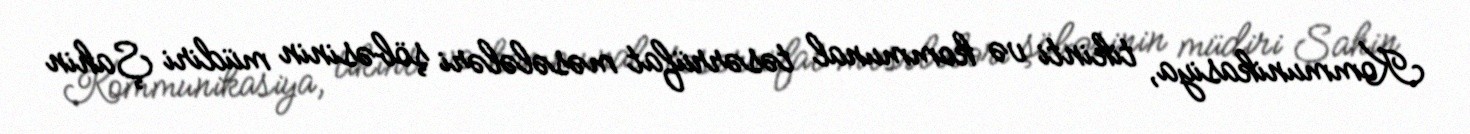
Kommunikasiya, tikinti və kommunal təsərrüfat məsələləri şöbəsinin müdiri Şahin